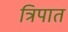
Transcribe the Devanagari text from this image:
त्रिपात